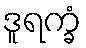
ဒူရက္ခံ